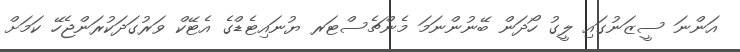
އަންނަ ސީޒަނުގައި ލީގު ހޯދަން ބޭނުންނަމަ މެންޗެސްޓަރ ޔުނައިޓެޑްގެ އެޓޭކް ވަރުގަދަކުރަންޖެހޭ ކަމަށް